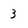
Character: 3